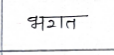
मजकूर: भगत